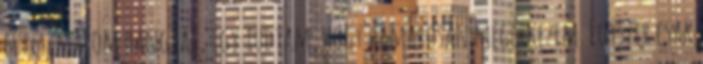
fűrészmalom hangját, így tudtam, hogy hamarosan megérkezem. Egyszer csak